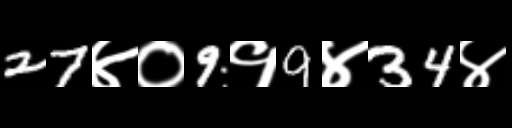
Text: 27४०9१9४34४